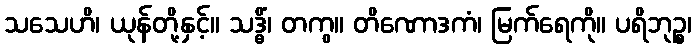
သသေဟိ၊ ယုန်တို့နှင့်။ သဒ္ဓိံ၊ တကွ။ တိဏောဒကံ၊ မြက်ရေကို။ ပရိဘုဉ္စ၊